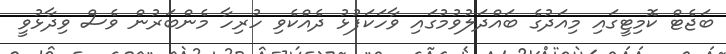
ބަޖެޓް ކޮމިޓީގައި މިއަދުގެ ބައްދަލުވުމުގައި ވާހަކަފުޅު ދެއްކެވި ހުރިހާ މެންބަރުން ވެސް ވިދާޅުވީ